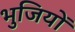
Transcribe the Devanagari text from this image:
भुजियों